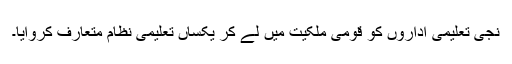
نجی تعلیمی اداروں کو قومی ملکیت میں لے کر یکساں تعلیمی نظام متعارف کروایا۔